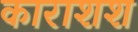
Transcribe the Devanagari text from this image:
काराशश